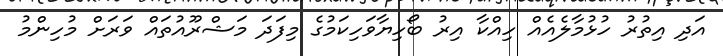
އަދި އިތުރު ހުޅުމާލެއެއް ހިއްކާ އިރު ބޯހިޔާވަހިކަމުގެ މިފަދަ މަޝްރޫއުތައް ވަރަށް މުހިންމު